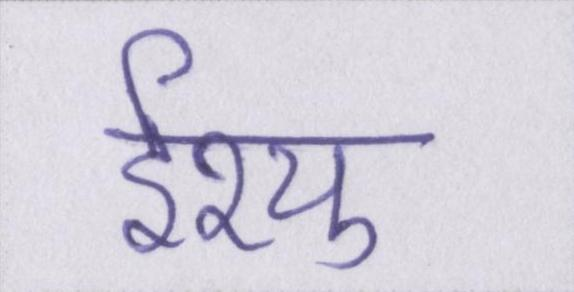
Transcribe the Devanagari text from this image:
ईश्यु